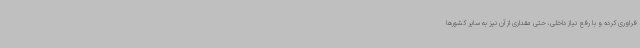
فراوری کرده و با رفع نیاز داخلی، حتی مقداری از آن نیز به سایر کشورها